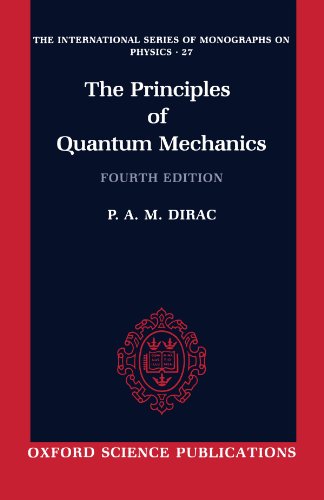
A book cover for The Principles of Quantum Mechanics (International Series of Monographs on Physics); P. A. M. Dirac; Science & Math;